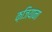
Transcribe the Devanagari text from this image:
क़जियाना